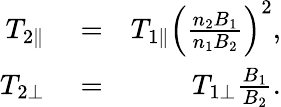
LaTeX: \begin{array}{rlr}{T_{2\parallel}}&{{}=}&{T_{1\parallel}\left(\frac{n_{2}B_{1}}{n_{1}B_{2}}\right)^{2},}\\ {T_{2\perp}}&{{}=}&{T_{1\perp}\frac{B_{1}}{B_{2}}.}\end{array}